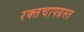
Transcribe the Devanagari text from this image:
रक्तचापग्रस्त